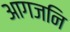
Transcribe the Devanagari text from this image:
आगजनि